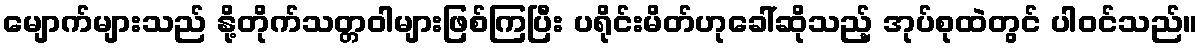
မျောက်များသည် နို့တိုက်သတ္တဝါများဖြစ်ကြပြီး ပရိုင်းမိတ်ဟုခေါ်ဆိုသည့် အုပ်စုထဲတွင် ပါဝင်သည်။